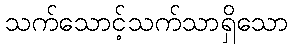
သက်သောင့်သက်သာရှိသော